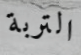
التربة